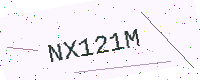
Text: NX121M